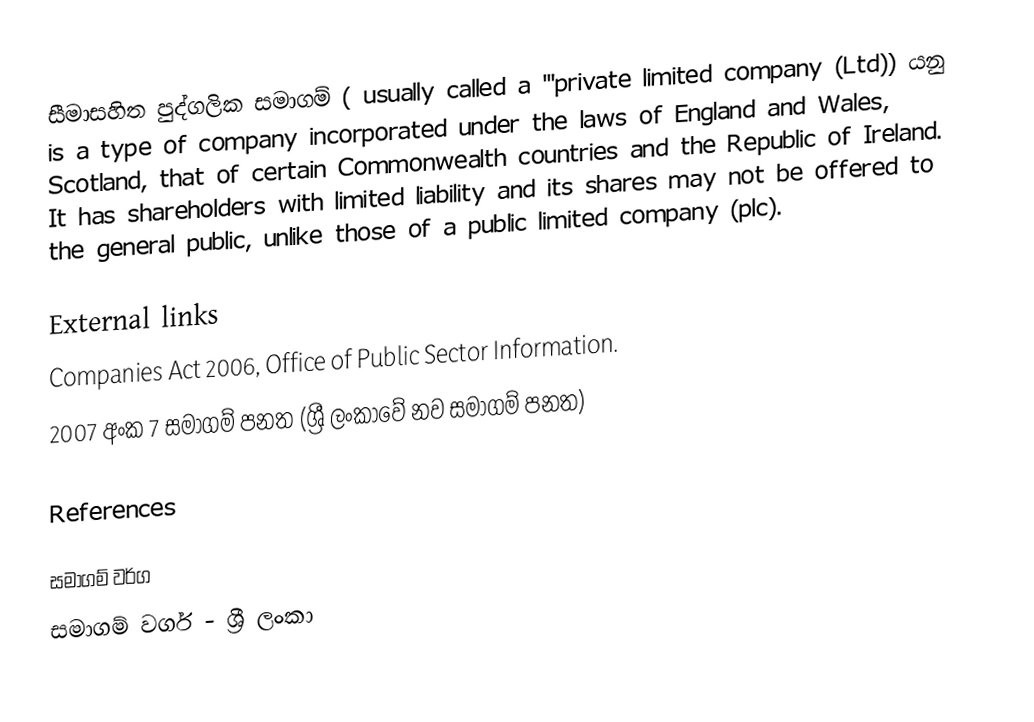
සීමාසහිත පුද්ගලික සමාගම් ( usually called a '''private limited company (Ltd)) යනු is a type of company incorporated under the laws of England and Wales, Scotland, that of certain Commonwealth countries and the Republic of Ireland. It has shareholders with limited liability and its shares may not be offered to the general public, unlike those of a public limited company (plc).

External links
Companies Act 2006, Office of Public Sector Information.
2007 අංක 7 සමාගම් පනත (ශ්‍රී ලංකාවේ නව සමාගම් පනත)

References

සමාගම් වර්ග
සමාගම් වර්ග - ශ්‍රී ලංකා